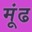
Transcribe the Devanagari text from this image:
मूंढ